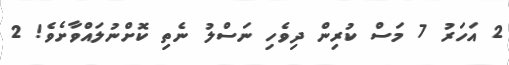
2 އަހަރު 7 މަސް ކުރިން ދިވެހި ނަސްލު ނެތި ކޮށްނުލައްވާށެވެ! 2